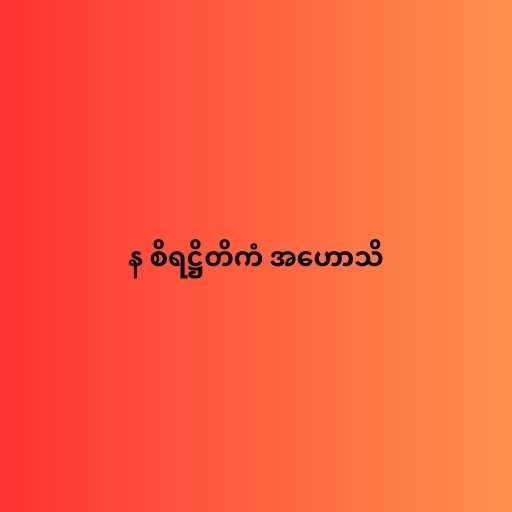
န စိရဋ္ဌိတိကံ အဟောသိ